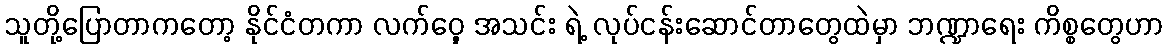
သူတို့ပြောတာကတော့ နိုင်ငံတကာ လက်ဝှေ့ အသင်း ရဲ့ လုပ်ငန်းဆောင်တာတွေထဲမှာ ဘဏ္ဍာရေး ကိစ္စတွေဟာ